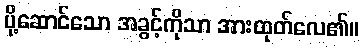
ပို့ဆောင်သော အခွင့်ကိုသာ အားထုတ်လေ၏။